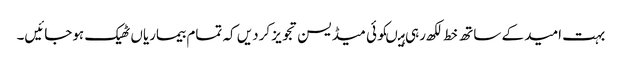
بہت امید کے ساتھ خط لکھ رہی ہیںکوئی میڈیسن تجویز کردیں کہ تمام بیماریاں ٹھیک ہوجائیں۔